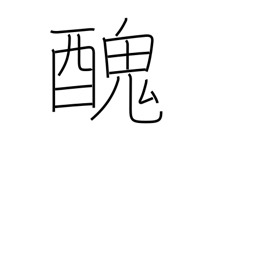
Meaning: ugly